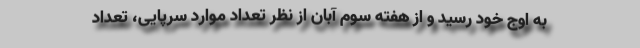
به اوج خود رسید و از هفته سوم آبان از نظر تعداد موارد سرپایی، تعداد